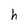
Character: h